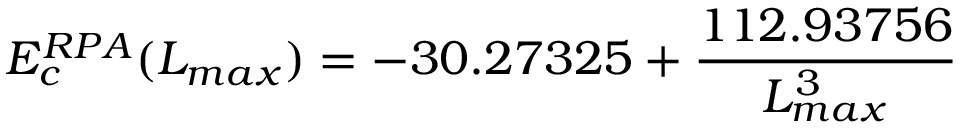
E _ { c } ^ { R P A } ( L _ { m a x } ) = - 3 0 . 2 7 3 2 5 + \frac { 1 1 2 . 9 3 7 5 6 } { L _ { m a x } ^ { 3 } }